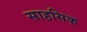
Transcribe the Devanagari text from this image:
साहसिक